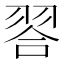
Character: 𮋁